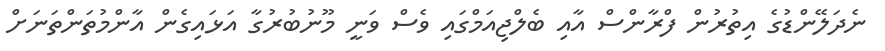
ނެދަލޭންޑުގެ އިތުރުން ފްރާންސް އާއި ބެލްޖިއަމްގައި ވެސް ވަނީ މޫނުބުރުގާ އަޅައިގެން އާންމުތަންތަނަށް